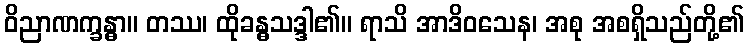
ဝိညာဏက္ခန္ဓာ။ တဿ၊ ထိုခန္ဓသဒ္ဒါ၏။ ရာသိ အာဒိဝသေန၊ အစု အစရှိသည်တို့၏